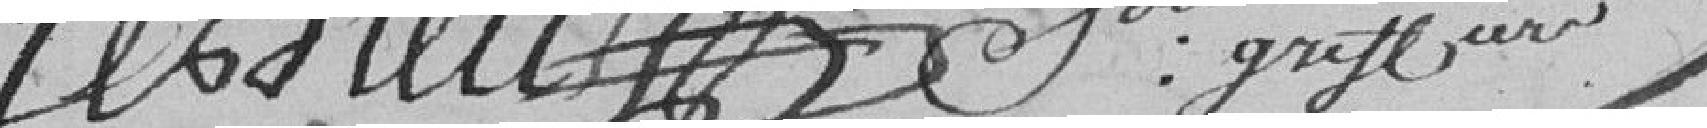
Fenteur  pour greffier